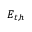
E _ { t , h }